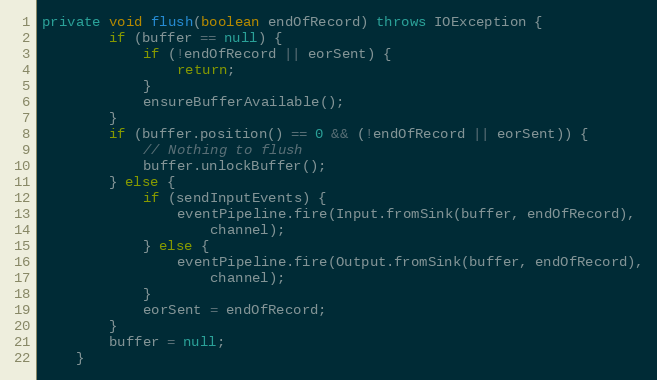
Language: Java
private void flush(boolean endOfRecord) throws IOException {
        if (buffer == null) {
            if (!endOfRecord || eorSent) {
                return;
            }
            ensureBufferAvailable();
        }
        if (buffer.position() == 0 && (!endOfRecord || eorSent)) {
            // Nothing to flush
            buffer.unlockBuffer();
        } else {
            if (sendInputEvents) {
                eventPipeline.fire(Input.fromSink(buffer, endOfRecord),
                    channel);
            } else {
                eventPipeline.fire(Output.fromSink(buffer, endOfRecord),
                    channel);
            }
            eorSent = endOfRecord;
        }
        buffer = null;
    }